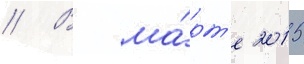
// В ма́рт'е 2015